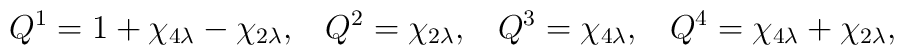
Q^{1}=1+\chi _{4\lambda }-\chi _{2\lambda },\,\,\,\,\,Q^{2}=\chi _{2\lambda},\,\,\,\,\,Q^{3}=\chi _{4\lambda },\,\,\,\,\,Q^{4}=\chi _{4\lambda }+\chi_{2\lambda },